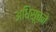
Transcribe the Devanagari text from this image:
अधिसूचने